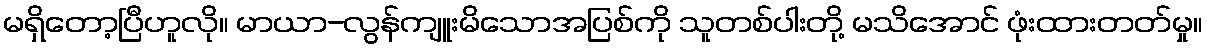
မရှိတော့ပြီဟူလို။ မာယာ-လွန်ကျူးမိသောအပြစ်ကို သူတစ်ပါးတို့ မသိအောင် ဖုံးထားတတ်မှု။